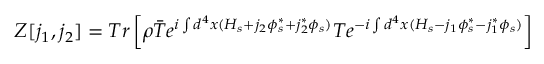
Z [ j _ { 1 } , j _ { 2 } ] = T r \left[ \rho \bar { T } { e ^ { i \int d ^ { 4 } x ( H _ { s } + j _ { 2 } \phi _ { s } ^ { * } + j _ { 2 } ^ { * } \phi _ { s } ) } } T { e ^ { - i \int d ^ { 4 } x ( H _ { s } - j _ { 1 } \phi _ { s } ^ { \ast } - j _ { 1 } ^ { \ast } \phi _ { s } ) } } \right]